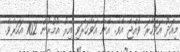
މިއަދު އަވަހާރަ ވެއްޖެ އެވެ. އޭނާ އަވާހަރަވި އިރު އުމުރުން 102 އަހަރެވެ.